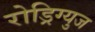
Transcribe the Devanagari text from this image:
रोड्रिग्युज